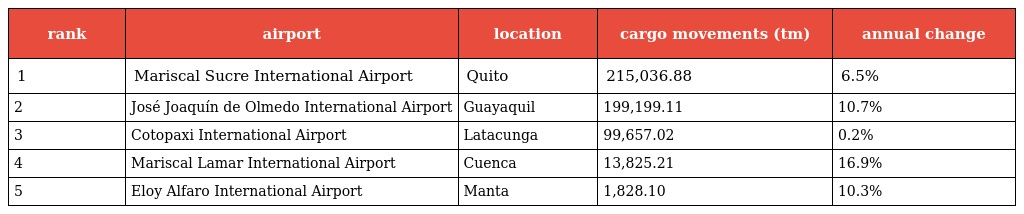
| rank | airport | location | cargo movements (tm) | annual change |
 | --- | --- | --- | --- | --- |
 | 1 | Mariscal Sucre International Airport | Quito | 215,036.88 | 6.5% |
 | 2 | José Joaquín de Olmedo International Airport | Guayaquil | 199,199.11 | 10.7% |
 | 3 | Cotopaxi International Airport | Latacunga | 99,657.02 | 0.2% |
 | 4 | Mariscal Lamar International Airport | Cuenca | 13,825.21 | 16.9% |
 | 5 | Eloy Alfaro International Airport | Manta | 1,828.10 | 10.3% |